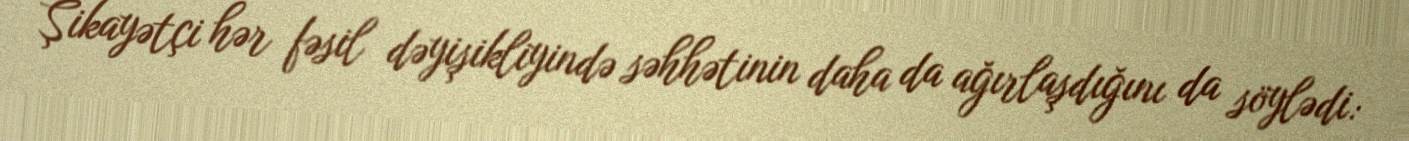
Şikayətçi hər fəsil dəyişikliyində səhhətinin daha da ağırlaşdığını da söylədi: